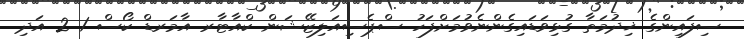
ސިފައިންގެ ޚިދުމަތާ ގުޅިވަޑައިގެންނެވުމަށްފަހު ސްޕެސިއަލިޒޭޝަން ކްއާޓާރ އާމަރޑް ކޯސް 1 2 އަދި